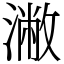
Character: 潎